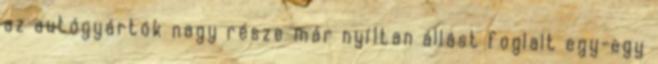
az autógyártók nagy része már nyíltan állást foglalt egy-egy